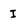
Character: I